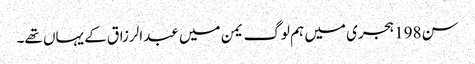
سن198 ہجری میں ہم لوگ یمن میں عبدالرزاق کے یہاں تھے۔